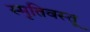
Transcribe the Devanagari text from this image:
स्मृतिवस्तू